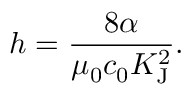
h = { \frac { 8 \alpha } { \mu _ { 0 } c _ { 0 } K _ { \mathrm { { J } } } ^ { 2 } } } .